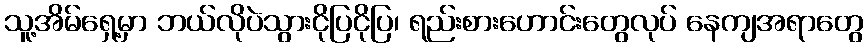
သူ့အိမ်ရှေ့မှာ ဘယ်လိုပဲသွားငိုပြငိုပြ၊ ရည်းစားဟောင်းတွေလုပ် နေကျအရာတွေ